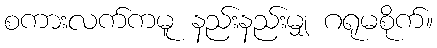
စကားလက်ကမူ နည်းနည်းမျှ ဂရုမစိုက်။